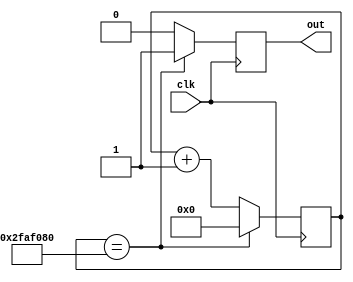
module divfreq (clk, out);
input clk;
output reg out;
reg [25:0] saida;
always @(posedge clk)
	if(saida == 26'd50000000)
		begin
			saida <= 26'd0;
			out <= 1;
		end
	else
		begin
			saida <= saida + 1;
			out <= 0;
		end
endmodule